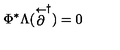
\Phi ^ { * } \Lambda ( \stackrel { \leftarrow } { \partial } ^ { \dagger } ) = 0